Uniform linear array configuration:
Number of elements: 4
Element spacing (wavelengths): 0.25
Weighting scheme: kaiser
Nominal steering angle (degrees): -45
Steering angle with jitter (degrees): -46.096
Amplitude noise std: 0.05
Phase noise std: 0.05

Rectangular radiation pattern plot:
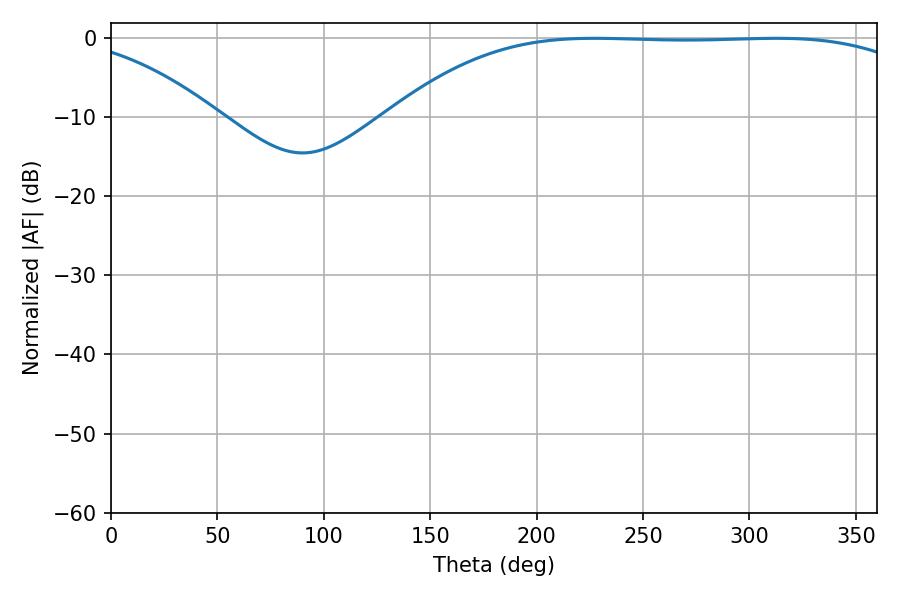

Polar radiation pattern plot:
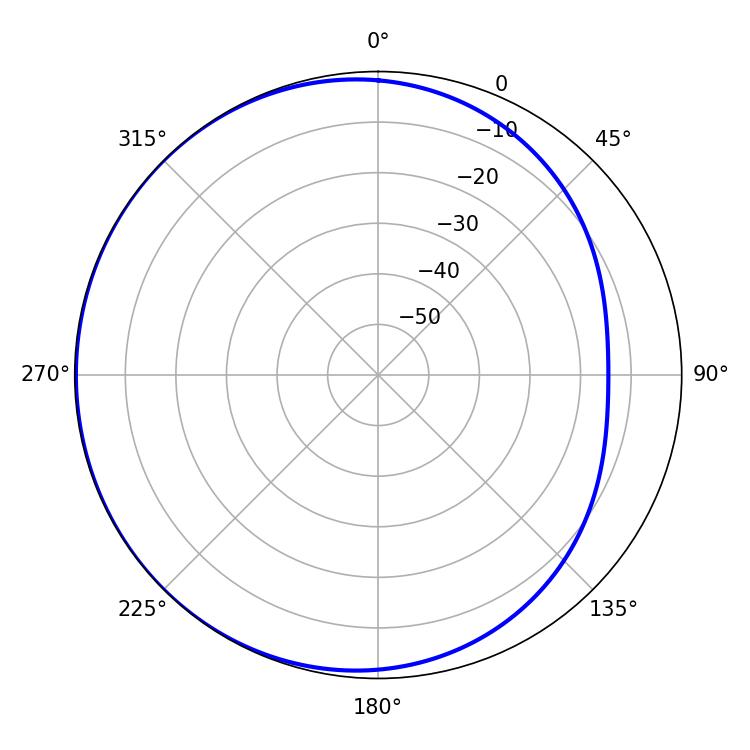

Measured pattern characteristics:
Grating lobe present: FALSE
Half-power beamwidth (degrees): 192.24
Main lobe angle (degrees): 227.16